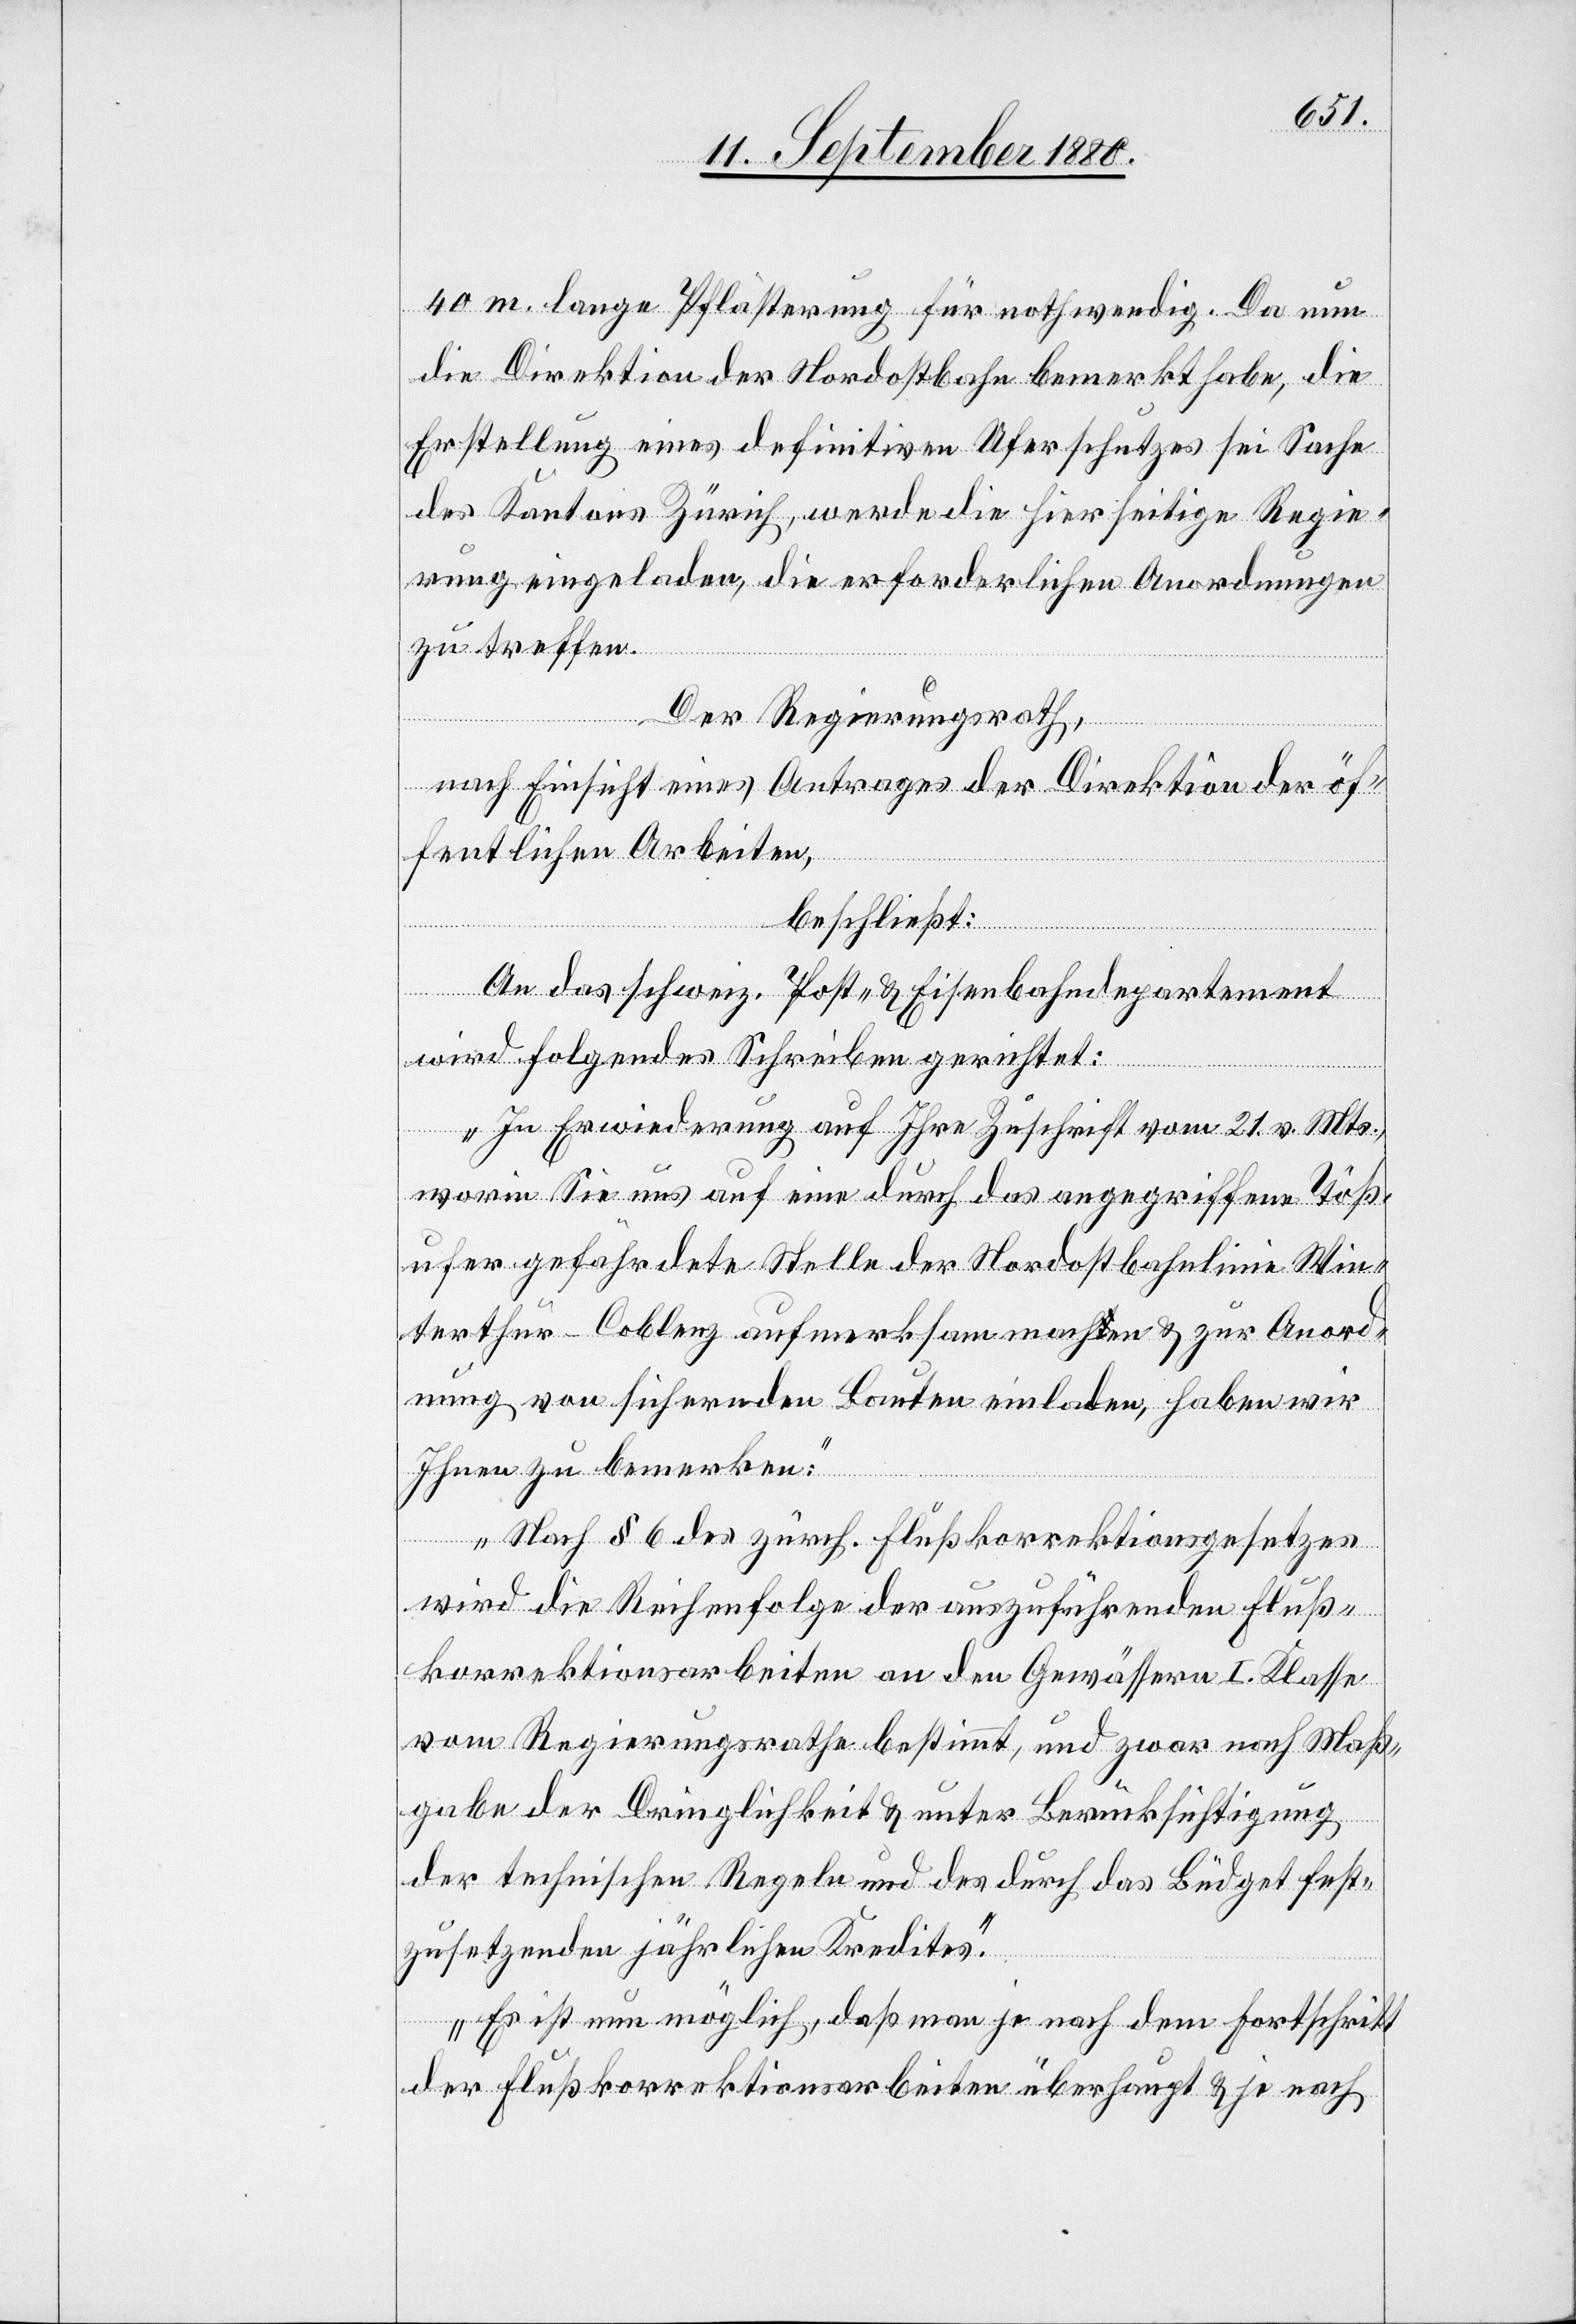
40 m lange Pflästerung für nothwendig. Da nun
die Direktion der Nordostbahn bemerkt habe, die
Erstellung eines definitiven Uferschutzes sei Sache
des Kantons Zürich, werde die hierseitige Regie¬
rung eingeladen, die erforderlichen Anordnungen
zu treffen.
Der Regierungsrath,
nach Einsicht eines Antrages der Direktion der öf¬
fentlichen Arbeiten,
beschließt:
An das schweiz. Post- & Eisenbahndepartement
wird folgendes Schreiben gerichtet:
„In Erwiederung auf Ihre Zuschrift vom 21. v. Mts.,
worin Sie uns auf eine durch das angegriffene Töß¬
ufer gefährdete Stelle der Nordostbahnlinie Win¬
terthur–Coblenz aufmerksam machen & zur Anord¬
nung von sichernden Bauten einladen, haben wir
Ihnen zu bemerken:
Nach § 6 des zürch. Flußkorrektionsgesetzes
wird die Reihenfolge der auszuführenden Fluß¬
korrektionsarbeiten an den Gewässern I. Klasse
vom Regierungsrathe bestimmt, und zwar nach Maß¬
gabe der Dringlichkeit & unter Berücksichtigung
der technischen Regeln und des durch das Budget fest¬
zusetzenden jährlichen Kredites.
Es ist nun möglich, daß man je nach dem Fortschritt
der Flußkorrektionsarbeiten überhaupt & je nach